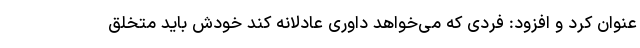
عنوان کرد و افزود: فردی که می‌خواهد داوری عادلانه کند خودش باید متخلق